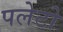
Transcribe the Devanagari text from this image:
पलेटो